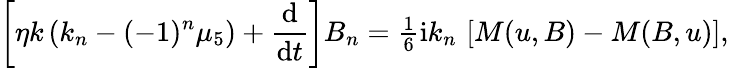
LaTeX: \left[\eta k\left(k_{n}-(-1)^{n}\mu_{5}\right)+\frac{\mathrm{d}{}}{\mathrm{d}{}t}\right]B_{n}={\textstyle{\frac{1}{6}}}\mathrm{i}k_{n}\, \left[M(u,B)-M(B,u)\right],